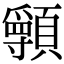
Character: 𩕖